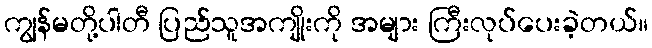
ကျွန်မတို့ပါတီ ပြည်သူအကျိုးကို အများ ကြီးလုပ်ပေးခဲ့တယ်။